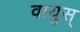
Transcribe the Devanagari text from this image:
वायुस्